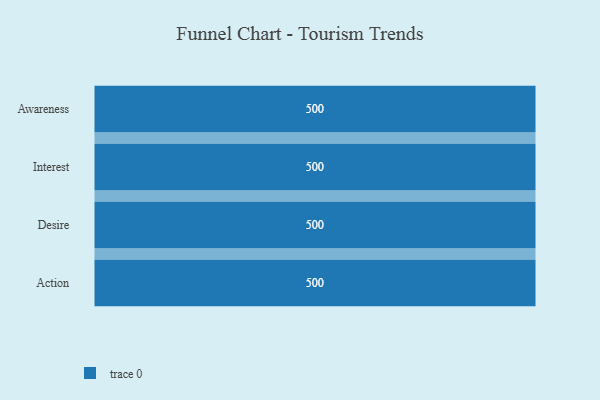
{"axis": {"x": "Stage", "y": "Value"}, "legend": [""], "data": [{"x": "Awareness", "y": 500, "type": ""}, {"x": "Interest", "y": 500, "type": ""}, {"x": "Desire", "y": 500, "type": ""}, {"x": "Action", "y": 500, "type": ""}]}